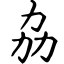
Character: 劦